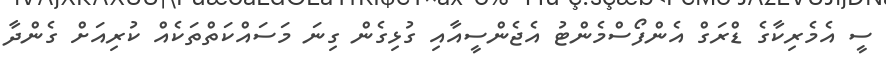
ސީ އެމެރިކާގެ ޑްރަގް އެންފޯސްމެންޓު އެޖެންސީއާއި ގުޅިގެން ގިނަ މަސައްކަތްތަކެއް ކުރިއަށް ގެންދާ